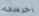
اخرسى